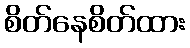
စိတ်နေစိတ်ထား